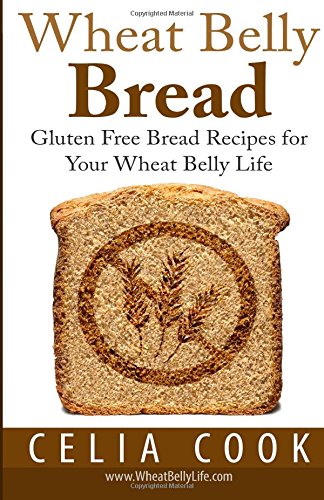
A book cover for Wheat Belly Bread: Gluten Free Bread Recipes for Your Wheat Belly Life (Wheat Belly Diet Series); Celia Cook; Health, Fitness & Dieting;